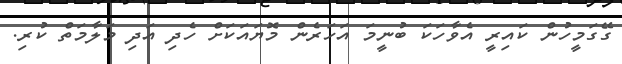
ގޭގަމީހުން ކައިރީ އެވާހަކަ ބުނީމަ އަހަރެން މޮޔައަކަށް ހެދި އަދި މަލާމަތް ކުރި.